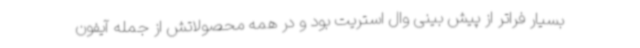
بسیار فراتر از پیش بینی وال استریت بود و در همه محصولاتش از جمله آیفون